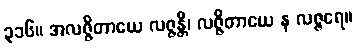
၃၁၆။ အလဇ္ဇိတာယေ လဇ္ဇန္တိ၊ လဇ္ဇိတာယေ န လဇ္ဇရေ။